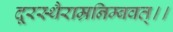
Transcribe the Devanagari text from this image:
दूरस्थैराम्रनिम्बवत्।।